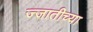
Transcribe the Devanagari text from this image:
ज्जातीच्या